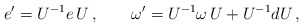
\begin{align*}e'=U^{-1}e\,U\, ,\qquad\omega'=U^{-1}\omega\, U+U^{-1}dU\, ,\end{align*}